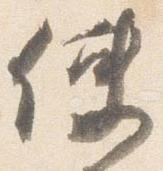
使